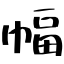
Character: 幅